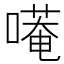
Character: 𭊭